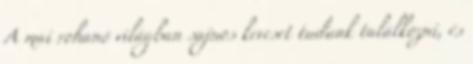
A mai rohanó világban sajnos keveset tudunk találkozni, és